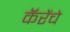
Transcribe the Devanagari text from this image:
कॅरेंचे